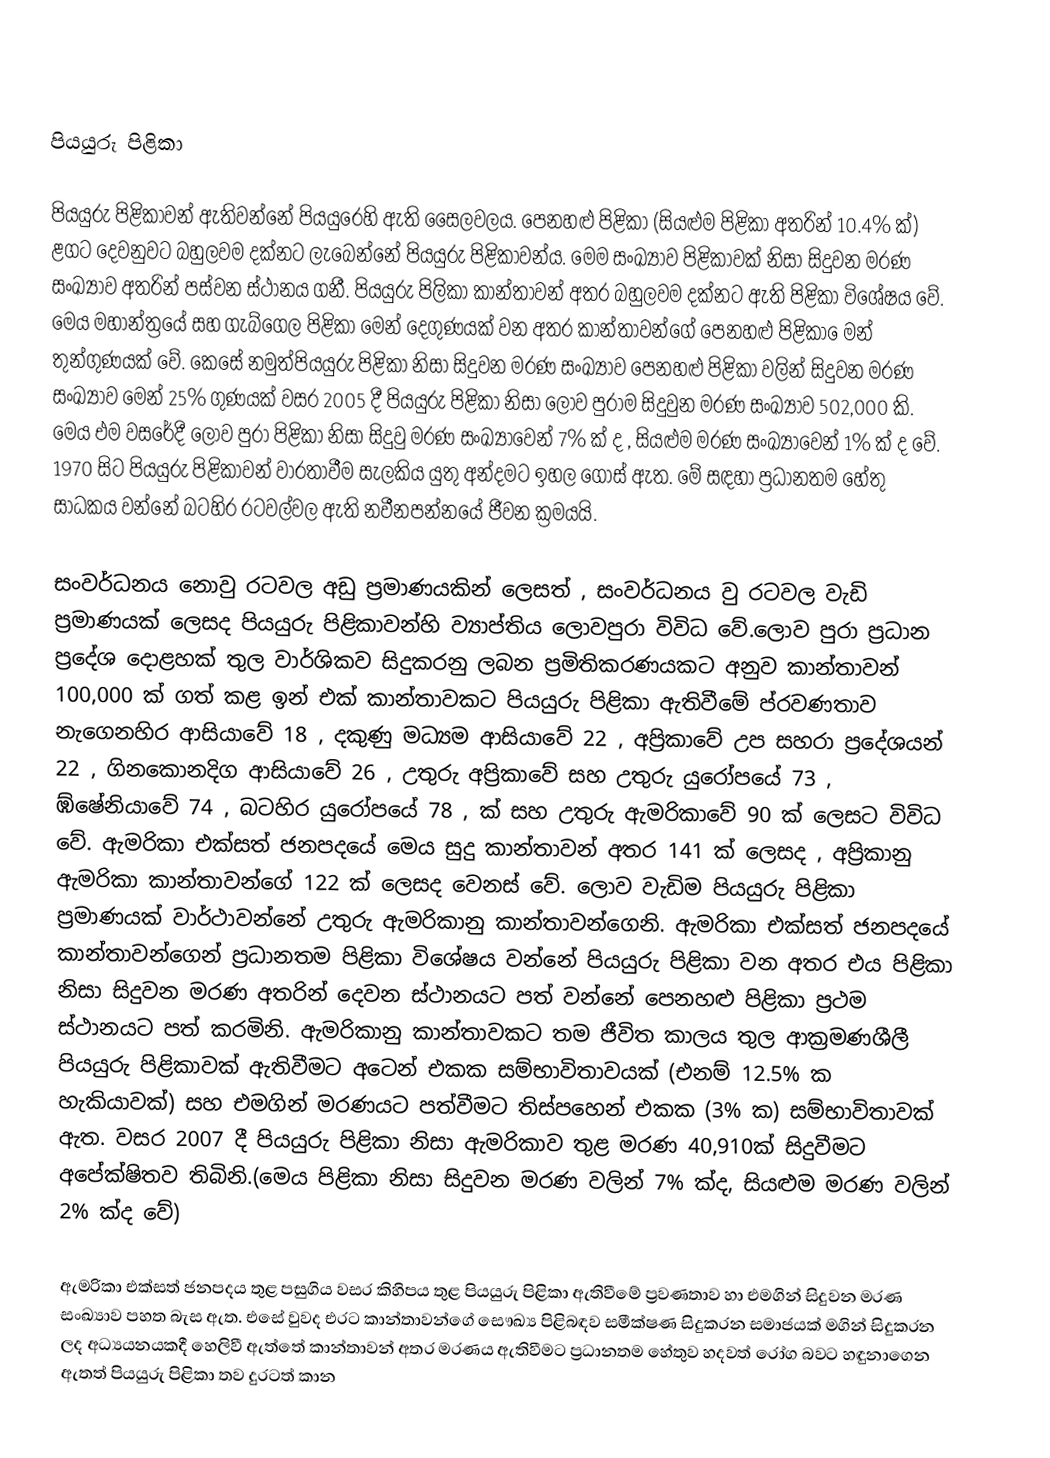

පියයුරු  පිළිකා

පියයුරු පිළිකාවන් ඇතිවන්නේ පියයුරෙහි ඇති සෛලවලය. පෙනහළු   පිළිකා (සියළුම පිළිකා අතරින් 10.4% ක්) ළගට දෙවනුවට බහුලවම දක්නට ලැබෙන්නේ පියයුරු පිළිකාවන්ය. මෙම සංඛ්‍යාව පිළිකාවක් නිසා සිදුවන මරණ සංඛ්‍යාව අතරින් පස්වන ස්ථානය ගනී. පියයුරු පිලිකා කාන්තාවන් අතර බහුලවම දක්නට ඇති පිළිකා විශේෂය වේ. මෙය මහාන්ත්‍රයේ සහ ගැබ්ගෙල පිළිකා මෙන් දෙගුණයක් වන අතර කාන්තාවන්ගේ පෙනහළු පිළිකා ‍ෙමන් ‍තුන්ගුණයක් වේ. කෙසේ නමුත්පියයුරු පිළිකා නිසා සිදුවන මරණ සංඛ්‍යාව පෙනහළු පිළිකා වලින් සිදුවන මරණ සංඛ්‍යාව මෙන් 25% ගුණයක්   වසර 2005 දී  පියයුරු පිළිකා නිසා ලොව පුරාම සිදුවුන මරණ සංඛ්‍යාව 502,000 කි. මෙය එම වසරේදී ලොව පුරා පිළිකා නිසා සිදුවු මරණ සංඛ්‍යාවෙන් 7% ක් ද , සියළුම මරණ සංඛ්‍යාවෙන් 1% ක් ද වේ. 1970 සිට පියයුරු පිළිකාවන් වාරතාවීම සැලකිය යුතු අන්දමට ඉහල ගොස් ඇත. මේ සඳහා ප්‍රධානතම හේතු සාධකය වන්නේ බටහිර රටවල්වල ඇති නවීනපන්නයේ ජීවන ක්‍රමයයි.

සංවර්ධනය නොවු රටවල අඩු ප්‍රමාණයකින් ලෙසත් ,  සංවර්ධනය වු රටවල වැඩි ප්‍රමාණයක් ලෙසද පියයුරු පිළිකාවන්හි ව්‍යාප්තිය ලොවපුරා විවිධ වේ.ලොව පුරා ප්‍රධාන ප්‍රදේශ දොළහක් තුල වාර්ශිකව සිදුකරනු ලබන ප්‍රමිතිකරණයකට අනුව කාන්තාවන් 100,000 ක් ගත් කළ ඉන් එක් කාන්තාවකට පියයුරු පිළිකා ඇතිවීමේ ප්රවණතාව නැගෙනහිර ආසියාවේ 18 ,  දකුණු මධ්‍යම ආසියාවේ 22 ,  අප්‍රිකාවේ උප සහරා ප්‍රදේශයන් 22 ,  ගිනකොනදිග ආසියාවේ 26 , උතුරු අප්‍රිකාවේ සහ උතුරු යුරෝපයේ 73 ,  ඹ්ෂේනියාවේ 74 , බටහිර යුරෝපයේ 78 , ක් සහ උතුරු ඇමරිකාවේ 90 ක් ලෙසට විවිධ වේ. ඇමරිකා එක්සත් ජනපදයේ මෙය සුදු කාන්තාවන් අතර 141 ක් ලෙසද , අප්‍රිකානු ඇමරිකා කාන්තාවන්ගේ 122 ක් ලෙසද වෙනස් වේ.  ලොව වැඩිම පියයුරු පිළිකා ප්‍රමාණයක් වාර්ථාවන්නේ උතුරු ඇමරිකානු කාන්තාවන්ගෙනි. ඇමරිකා එක්සත් ජනපදයේ කාන්තාවන්ගෙන් ප්‍රධානතම පිළිකා විශේෂය වන්නේ පියයුරු පිළිකා වන අතර එය පිළිකා නිසා සිදුවන මරණ අතරින් දෙවන ස්ථානයට පත් වන්නේ පෙනහළු පිළිකා ප්‍රථම ස්ථානයට පත් කරමිනි. ඇමරිකානු කාන්තාවකට තම  ජීවිත කාලය තුල ආක්‍රමණශීලී පියයුරු පිළිකාවක් ඇතිවීමට අටෙන් එකක සම්භාවිතාවයක් (එනම් 12.5% ක හැකියාවක්) සහ එමගින් මරණයට පත්වීමට තිස්පහෙන් එකක (3% ක) සම්භාවිතාවක් ඇත. වසර 2007 දී පියයුරු පිළිකා නිසා ඇමරිකාව තුළ මරණ 40,910ක් සිදුවීමට අපේක්ෂිතව තිබිනි.(මෙය පිළිකා නිසා සිදුවන මරණ වලින් 7% ක්ද,  සියළුම මරණ වලින් 2% ක්ද වේ)

ඇමරිකා එක්සත් ජනපදය තුළ පසුගිය වසර කිහිපය තුළ පියයුරු පිළිකා ඇතිවීමේ ප්‍රවණතාව හා එමගින් සිදුවන මරණ සංඛ්‍යාව පහත බැස ඇත. එසේ වුවද එරට කාන්තාවන්ගේ සෞඛ්‍ය පිළිබඳව සමීක්ෂණ සිදුකරන සමාජයක් මගින් සිදුකරන ලද අධ්‍යයනයකදී හෙලිවී ඇත්තේ කාන්තාවන් අතර මරණය ඇතිවීමට ප්‍රධානතම හේතුව හදවත් රෝග බවට හඳුනාගෙන ඇතත් පියයුරු පිළිකා තව දුරටත් කාන